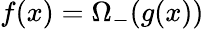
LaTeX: f(x)=\Omega_{-}(g(x))